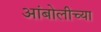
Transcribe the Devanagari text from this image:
आंबोलीच्या